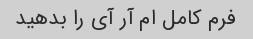
فرم کامل ام آر آی را بدهید